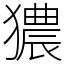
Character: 㺜